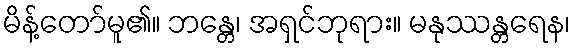
မိန့်တော်မူ၏။ ဘန္တေ၊ အရှင်ဘုရား။ မနုဿန္တရေန၊